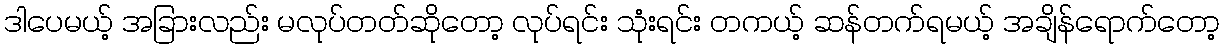
ဒါပေမယ့် အခြားလည်း မလုပ်တတ်ဆိုတော့ လုပ်ရင်း သုံးရင်း တကယ့် ဆန်တက်ရမယ့် အချိန်ရောက်တော့